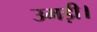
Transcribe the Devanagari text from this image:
उमड़ी।